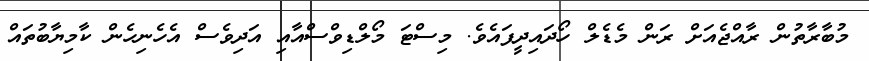
މުބާރާތުން ރާއްޖެއަށް ރަން މެޑެލް ހޯދައިދީފައެވެ. މިސްޓަ މޯލްޑިވްސްއާއި އަދިވެސް އެހެނިހެން ކާމިޔާބުތައް